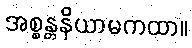
အစ္စန္တနိယာမကထာ။